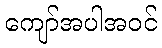
ကျော်အပါအဝင်